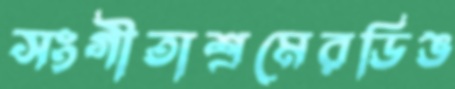
সংগীতাশ্রমেরডিঙ